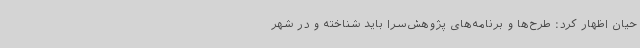
حیان اظهار کرد: طرح‌ها و برنامه‌های پژوهش‌سرا باید شناخته و در شهر